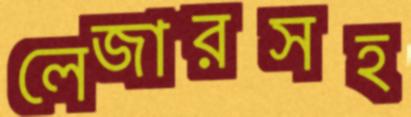
লেজারসহ